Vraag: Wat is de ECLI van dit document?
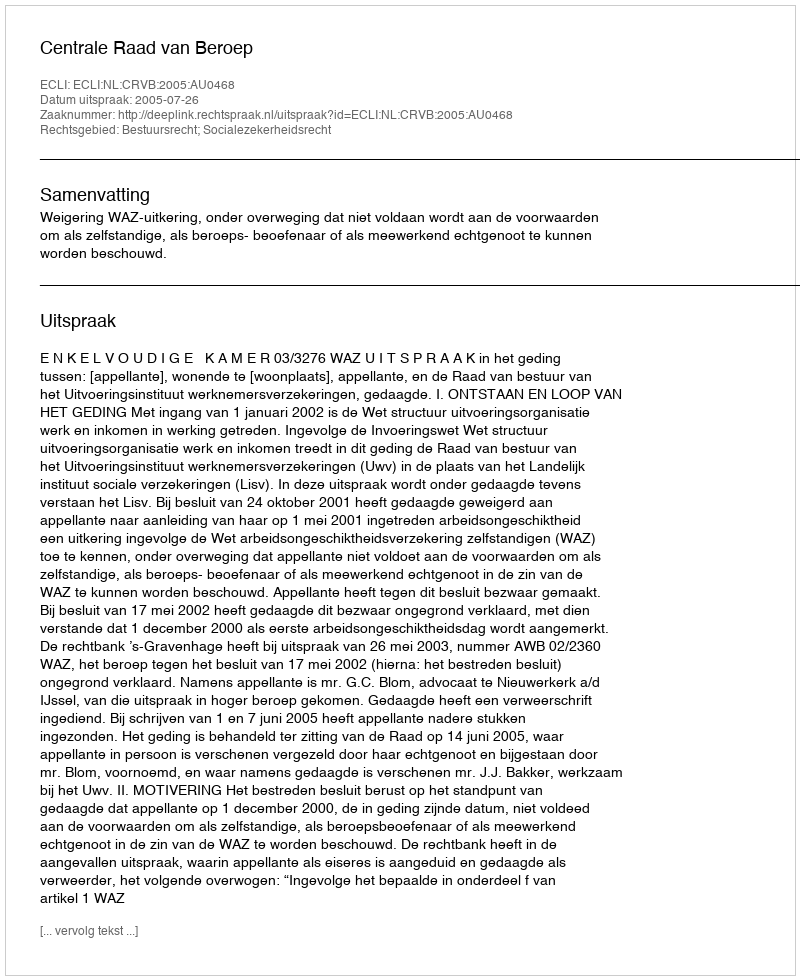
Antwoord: ECLI:NL:CRVB:2005:AU0468